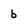
Character: b